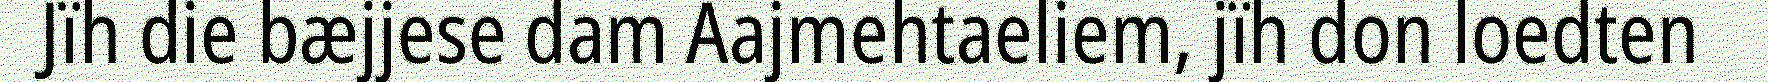
Jïh die bæjjese dam Aajmehtaeliem, jïh don loedten